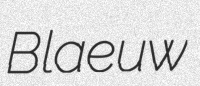
Blaeuw